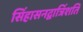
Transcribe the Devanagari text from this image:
सिंहासनद्वात्रिंशति